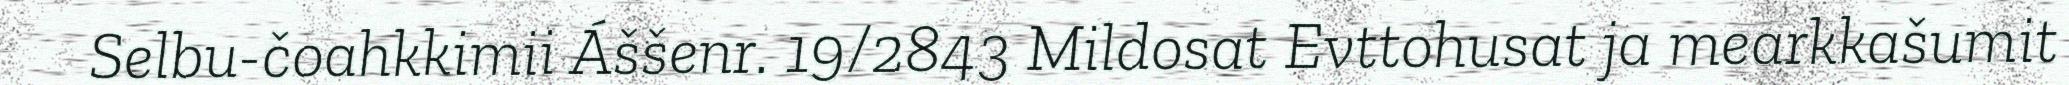
Selbu-čoahkkimii Áššenr. 19/2843 Mildosat Evttohusat ja mearkkašumit